Subject: stat
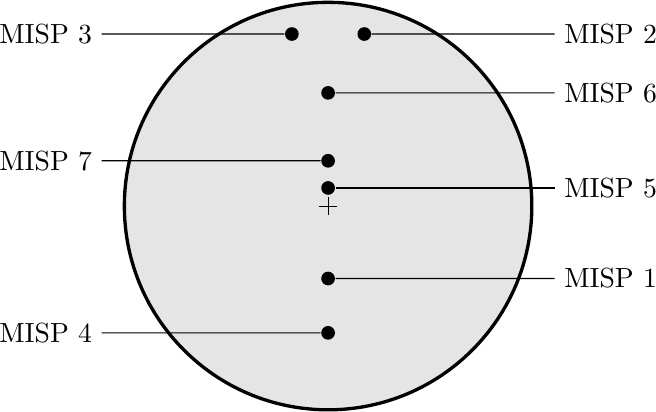
LaTeX code:
  \begin{tikzpicture}[scale=1.15]

    \filldraw[fill=none, very thick, fill=gray!20!white] (0,0) circle [radius=2.25cm];

    \draw (0,-0.1) -- ++ (0,0.2);
    \draw (-0.1,0) -- ++ (0.2,0);

    \node[anchor=west] (M2) at (2.5, 1.9) {MISP 2};
    \node[circle, fill=black, inner sep=1.75pt] (M2tc) at (0.4,1.9) {};
    \draw (M2) -- (M2tc);

    \node[anchor=east] (M3) at (-2.5, 1.9) {MISP 3};
    \node[circle, fill=black, inner sep=1.75pt] (M3tc) at (-0.4,1.9) {};
    \draw (M3) -- (M3tc);

    \node[anchor=west] (M6) at (2.5, 1.25) {MISP 6};
    \node[circle, fill=black, inner sep=1.75pt] (M6tc) at (0,1.25) {};
    \draw (M6) -- (M6tc);

    \node[anchor=east] (M7) at (-2.5, 0.5) {MISP 7};
    \node[circle, fill=black, inner sep=1.75pt] (M7tc) at (0,0.5) {};
    \draw (M7) -- (M7tc);

    \node[anchor=west] (M5) at (2.5, 0.2) {MISP 5};
    \node[circle, fill=black, inner sep=1.75pt] (M5tc) at (0,0.2) {};
    \draw (M5) -- (M5tc);

    \node[anchor=east] (M4) at (-2.5, -1.4) {MISP 4};
    \node[circle, fill=black, inner sep=1.75pt] (M4tc) at (0,-1.4) {};
    \draw (M4) -- (M4tc);

    \node[anchor=west] (M1) at (2.5, -0.8) {MISP 1};
    \node[circle, fill=black, inner sep=1.75pt] (M1tc) at (0,-0.8) {};
    \draw (M1) -- (M1tc);

  \end{tikzpicture}